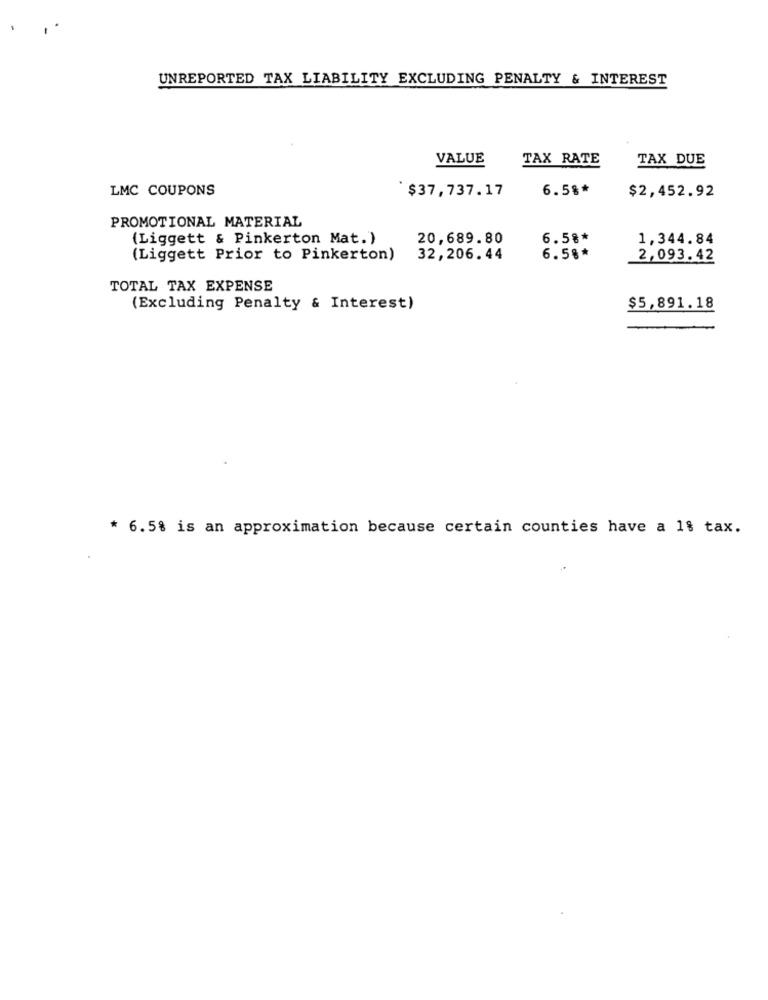
UNREPORTED TAX LIABILITY EXCLUDING PENALTY & INTEREST
VALUE
TAX RATE
TAX DUE
LMC COUPONS
$37,737.17
6.5%*
$2,452.92
PROMOTIONAL MATERIAL
(Liggett & Pinkerton Mat. )
20,689.80
6.58*
1,344.84
(Liggett Prior to Pinkerton)
32,206.44
6.5%*
2,093.42
TOTAL TAX EXPENSE
(Excluding Penalty & Interest)
$5,891.18
* 6.5% is an approximation because certain counties have a 1% tax.